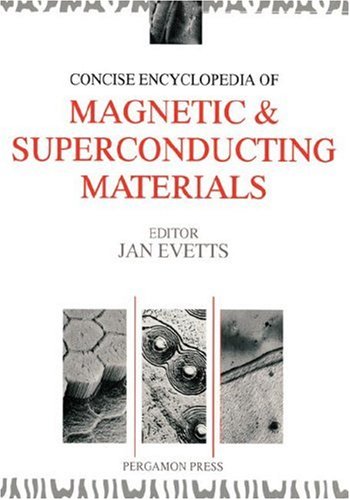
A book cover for Concise Encyclopedia of Magnetic & Superconducting Materials (Advances in Materials Sciences and Engineering); J. Evetts; Science & Math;